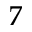
\boldsymbol { 7 }